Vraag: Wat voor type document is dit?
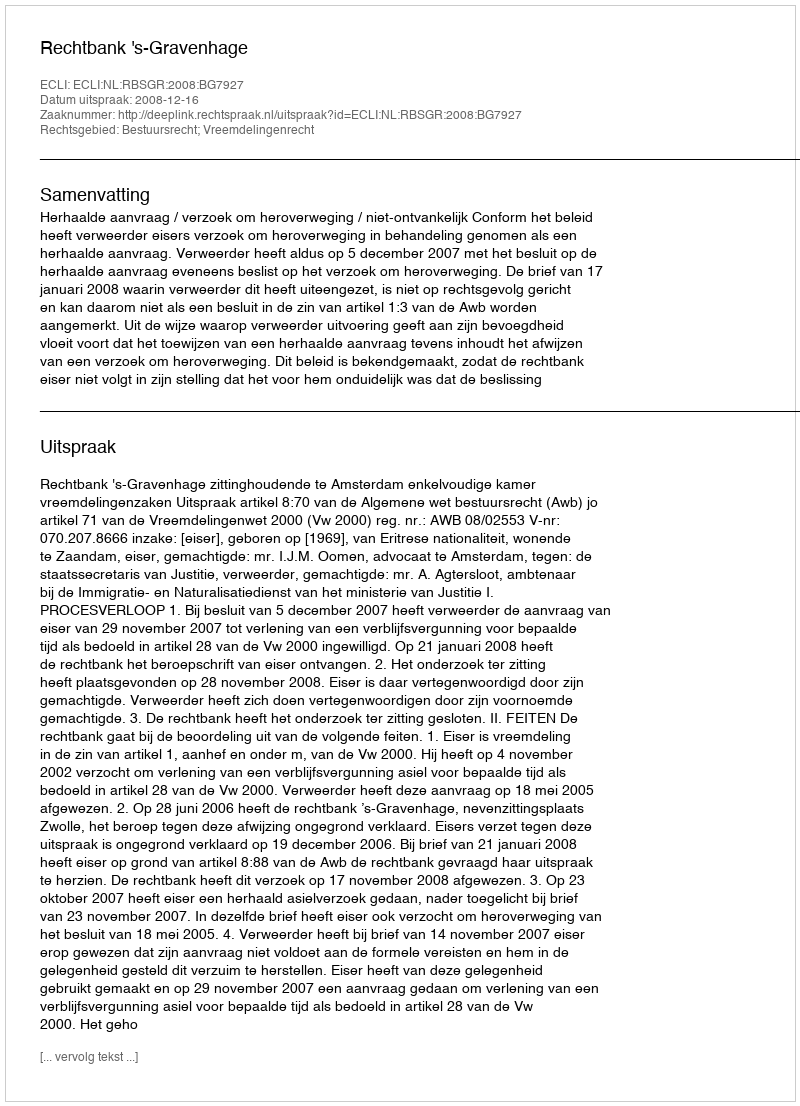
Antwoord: Uitspraak